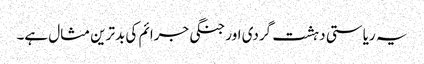
یہ ریاستی دہشت گردی اور جنگی جرائم کی بدترین مثال ہے۔